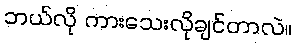
ဘယ်လို ကားသေးလိုချင်တာလဲ။